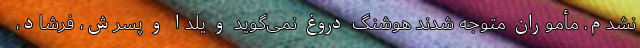
نشدم. مأموران متوجه شدند هوشنگ دروغ نمی‌گوید و یلدا و پسرش، فرشاد،